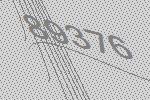
89376